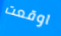
اوقعت